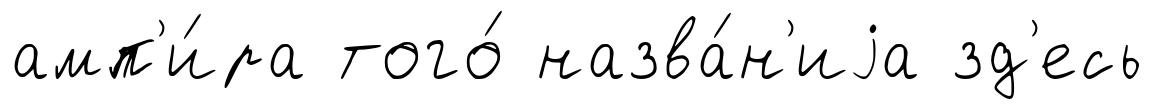
амп'и́ра того́ назва́н'иjа зд'есь